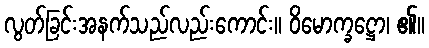
လွတ်ခြင်းအနက်သည်လည်းကောင်း။ ဝိမောက္ခဋ္ဌော၊ ၏။